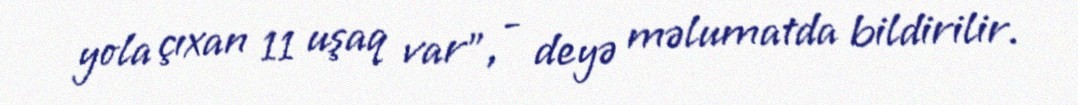
yola çıxan 11 uşaq var", - deyə məlumatda bildirilir.